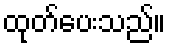
ထုတ်ပေးသည်။